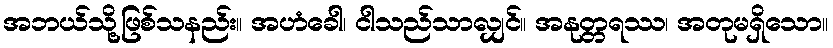
အဘယ်သို့ဖြစ်သနည်း။ အဟံခေါ၊ ငါသည်သာလျှင်။ အနုတ္တရဿ၊ အတုမရှိသော။